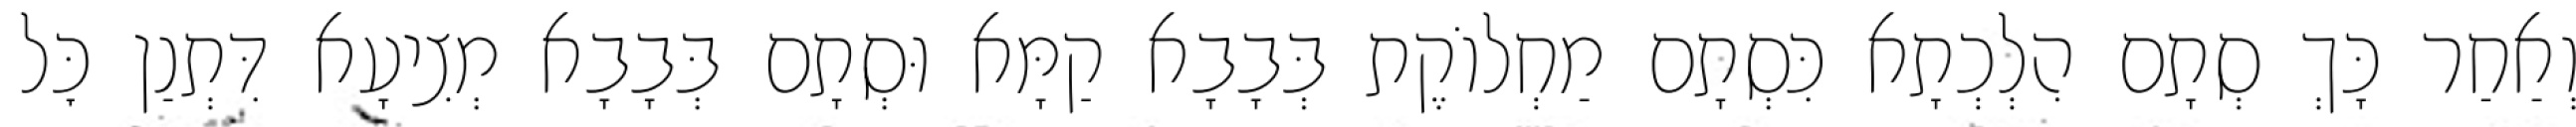
וְאַחַר כָּךְ סְתָם הִלְכְתָא כִּסְתָם מַחְלוֹקֶת בְּבָבָא קַמָּא וּסְתָם בְּבָבָא מְצִיעָא דִּתְנַן כׇּל